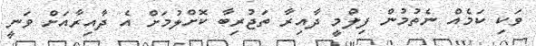
ވަކި ކަމެއް ނެތުމުން ފިލްމީ ދާއިރާ ތަޖުރިބާ ކޮށްލުމަށް އެ ދާއިރާއަށް ވަނީ